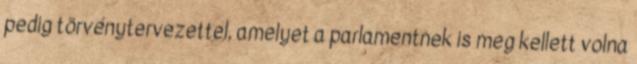
pedig törvénytervezettel, amelyet a parlamentnek is meg kellett volna